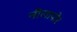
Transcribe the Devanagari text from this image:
नीलापोर